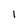
Character: 1